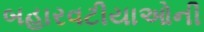
બહારવટીયાઓની